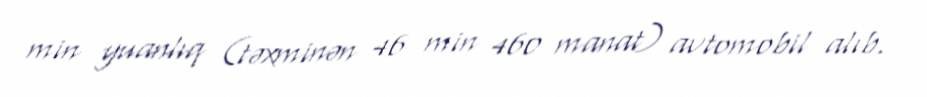
min yuanlıq (təxminən 46 min 460 manat) avtomobil alıb.